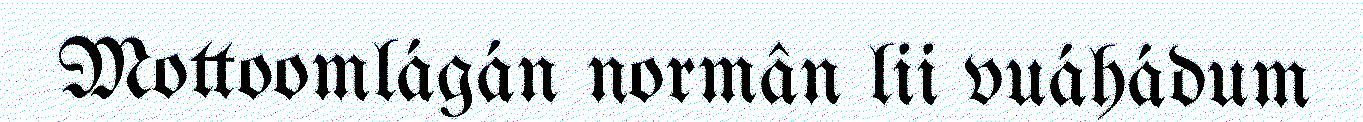
Mottoomlágán normân lii vuáhádum